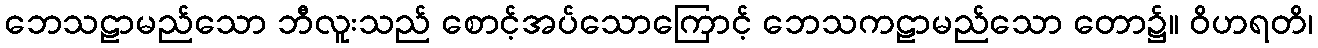
ဘေသဠာမည်သော ဘီလူးသည် စောင့်အပ်သောကြောင့် ဘေသကဠာမည်သော တော၌။ ဝိဟရတိ၊